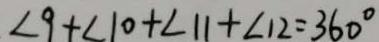
\angle 9 + \angle 1 0 + \angle 1 1 + \angle 1 2 = 3 6 0 ^ { \circ }